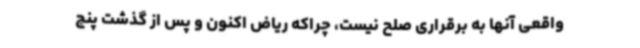
واقعی آنها به برقراری صلح نیست، چراکه ریاض اکنون و پس از گذشت پنج